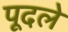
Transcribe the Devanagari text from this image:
पूदले